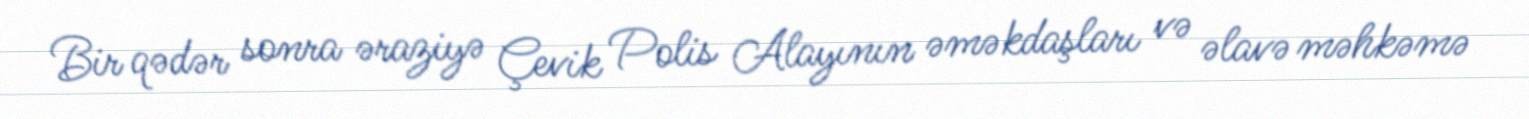
Bir qədər sonra əraziyə Çevik Polis Alayının əməkdaşları və əlavə məhkəmə